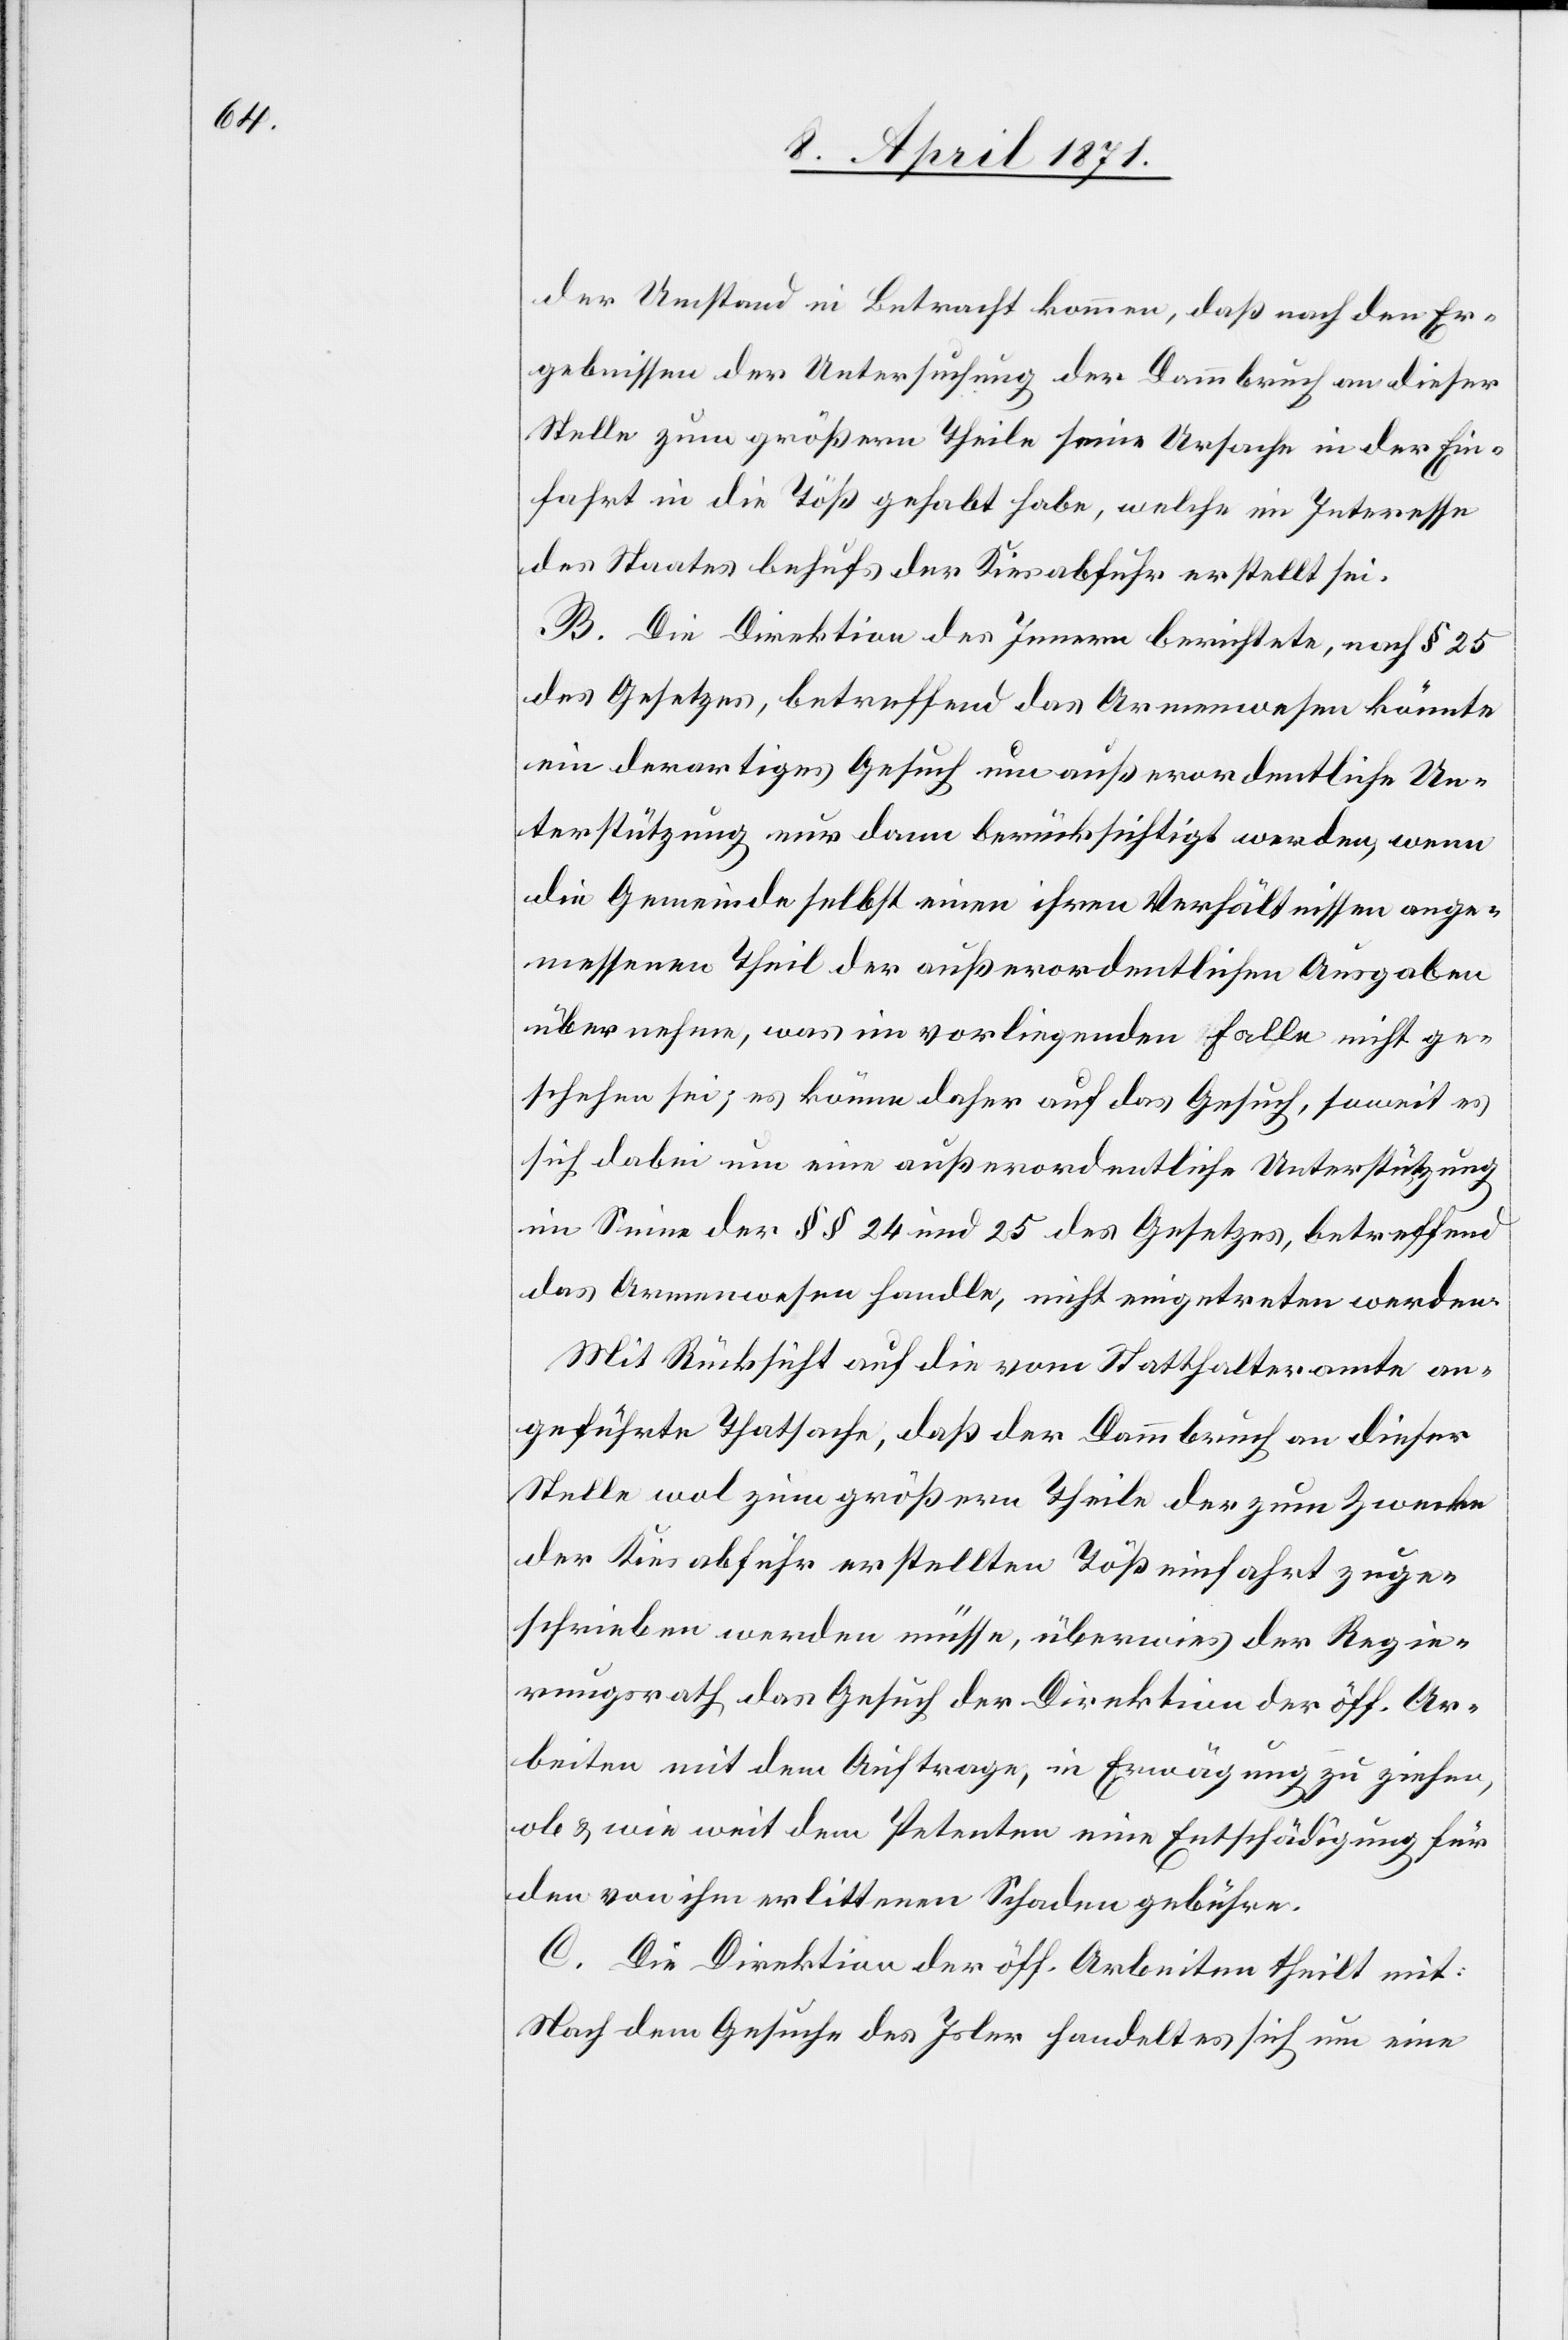
der Umstand in Betracht kommen, daß nach den Er¬
gebnissen der Untersuchung der Dammbruch an dieser
Stelle zum größern Theile seine Ursache in der Ein¬
fahrt in die Töß gehabt habe, welche im Interesse
des Staates behufs der Kiesabfuhr erstellt sei.
B. Die Direktion des Innern berichtet, nach § 25
des Gesetzes, betreffend das Armenwesen könnte
ein derartiges Gesuch um außerordentliche Un¬
terstützung nur dann berücksichtigt werden, wenn
die Gemeinde selbst einen ihren Verhältnissen ange¬
messenen Theil der außerordentlichen Ausgaben
übernehme, was im vorliegenden Falle nicht ge¬
schehen sei, es könne daher auf das Gesuch, soweit es
sich dabei um eine außerordentliche Unterstützung
im Sinne der §§ 24 und 25 des Gesetzes, betreffend
das Armenwesen handle, nicht eingetreten werden.
Mit Rücksicht auf die vom Statthalteramte an¬
geführte Thatsache, daß der Dammbruch an dieser
Stelle wol zum größern Theile der zum Zwecke
der Kiesabfuhr erstellten Tößeinfahrt zuge¬
schrieben werden müsse, überwies der Regie¬
rungsrath das Gesuch der Direktion der öff. Ar¬
beiten mit dem Auftrage, in Erwägung zu ziehen,
ob u. wie weit dem Petenten eine Entschädigung für
den von ihm erlittenen Schaden gebühre.
C. Die Direktion der öff. Arbeiten theilt mit:
Nach dem Gesuche des Isler handelt es sich um eine